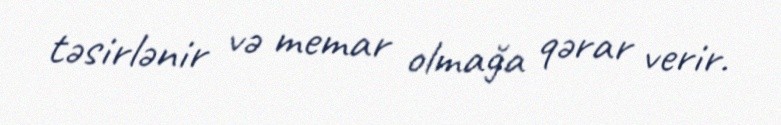
təsirlənir və memar olmağa qərar verir.